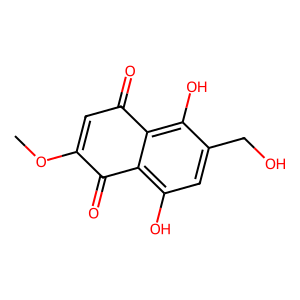
SMILES: COC1=CC(=O)c2c(O)c(CO)cc(O)c2C1=O
Inhibits HIV replication: No